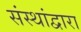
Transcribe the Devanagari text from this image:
संस्थांद्वारा